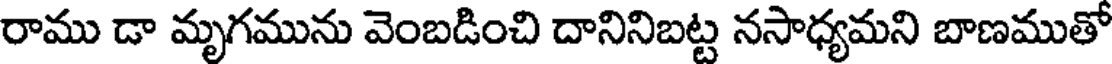
రాము డా మృగమును వెంబడించి దానినిబట్ట నసాధ్యమని బాణముతో